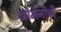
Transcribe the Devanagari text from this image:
खोमेनीची